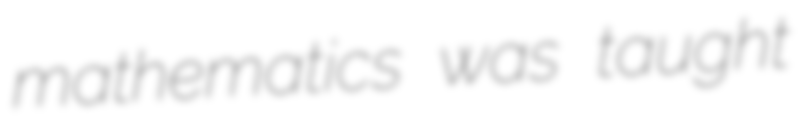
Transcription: mathematics was taught